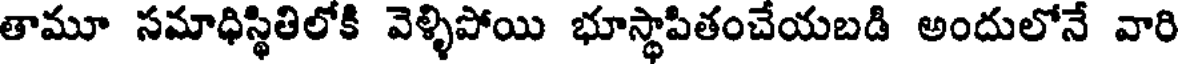
తామూ సమాధిస్థితిలోకి వెళ్ళిపోయి భూస్థాపితంచేయబడి అందులోనే వారి